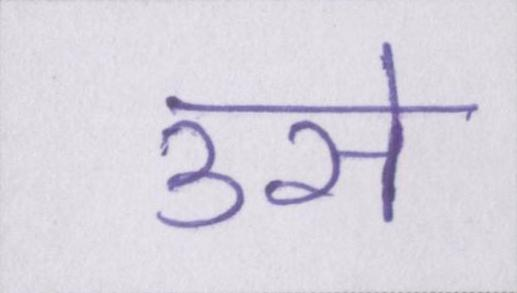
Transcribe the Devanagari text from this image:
उसे